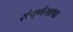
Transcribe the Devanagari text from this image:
संपूर्णभाषा